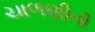
ચાળણીની